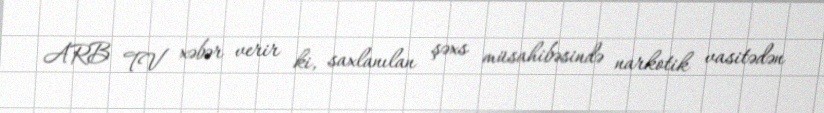
ARB TV xəbər verir ki, saxlanılan şəxs müsahibəsində narkotik vasitədən